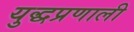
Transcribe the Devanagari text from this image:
युद्धप्रणाली